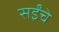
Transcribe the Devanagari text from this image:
सईंचे